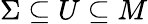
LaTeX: \Sigma\subseteq U\subseteq M